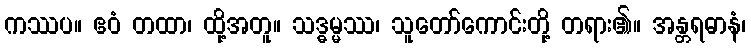
ကဿပ။ ဧဝံ တထာ၊ ထို့အတူ။ သဒ္ဓမ္မဿ၊ သူတော်ကောင်းတို့ တရား၏။ အန္တရဓာနံ၊